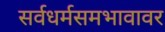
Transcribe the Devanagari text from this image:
सर्वधर्मसमभावावर